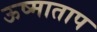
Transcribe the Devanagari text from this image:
ऊष्माताप